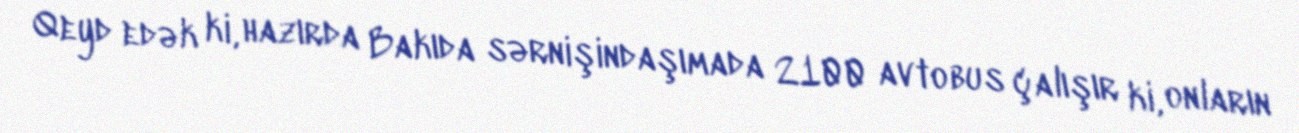
Qeyd edək ki, hazırda Bakıda sərnişindaşımada 2100 avtobus çalışır ki, onların